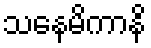
သနေမိကာနိ